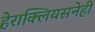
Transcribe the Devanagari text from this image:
हेराक्लियसनेही